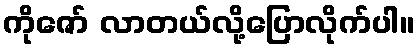
ကိုဇော် လာတယ်လို့ပြောလိုက်ပါ။